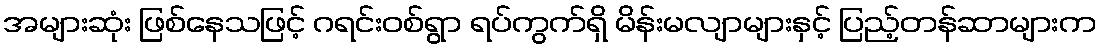
အများဆုံး ဖြစ်နေသဖြင့် ဂရင်းဝစ်ရွာ ရပ်ကွက်ရှိ မိန်းမလျာများနှင့် ပြည့်တန်ဆာများက